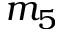
m _ { 5 }